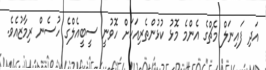
އަދި ފައިނަލް މެޗްގެ އެންމެ މޮޅު ކުޅުންތެރިއަކަށް ހޮވުނީ ސީބީއެލްގެ ހުސެން ރިމާޒުއެވެ.